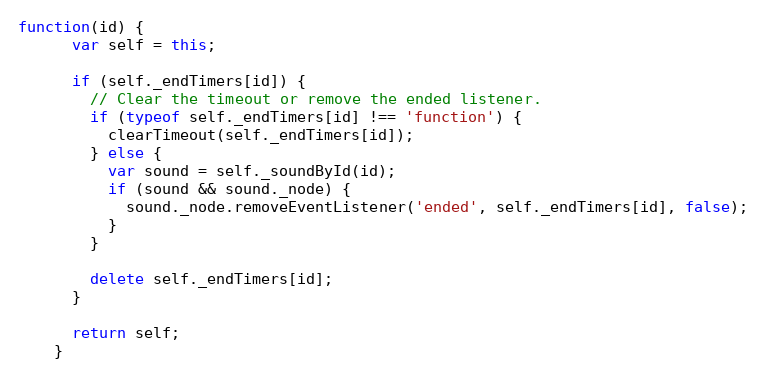
Language: JavaScript
function(id) {
      var self = this;

      if (self._endTimers[id]) {
        // Clear the timeout or remove the ended listener.
        if (typeof self._endTimers[id] !== 'function') {
          clearTimeout(self._endTimers[id]);
        } else {
          var sound = self._soundById(id);
          if (sound && sound._node) {
            sound._node.removeEventListener('ended', self._endTimers[id], false);
          }
        }

        delete self._endTimers[id];
      }

      return self;
    }